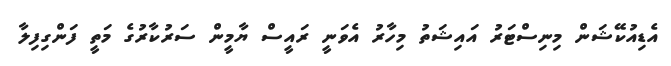
އެޑިއުކޭޝަން މިނިސްޓަރު އައިޝަތު މިހާރު އެވަނީ ރައީސް ޔާމީން ސަރުކާރުގެ މަތީ ފަންގިފިލާ